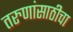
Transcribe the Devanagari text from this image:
तरुणांसाठीचा